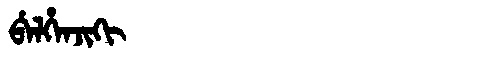
Manchu: ᠪᡝᠯᡥᡝᠨᠵᡳᡴᡳ
Romanization: BELHENJIKI